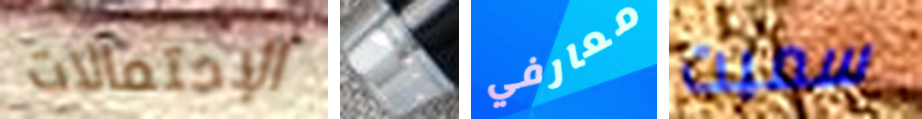
الإحتمالات عرفتك معارفي سميت